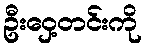
ဦးဝှေ့တင်းကို